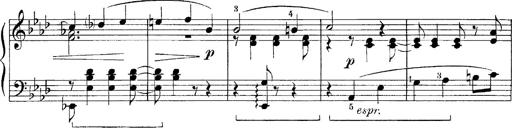
Title: FÃ¼nf KlavierstÃ¼cke
Composer: Franz Liszt